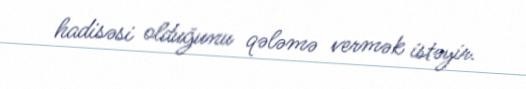
hadisəsi olduğunu qələmə vermək istəyir.